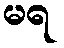
မရ